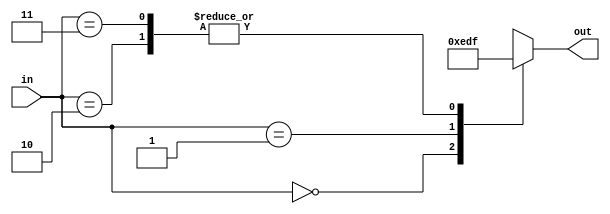
`timescale 1ns / 1ps
//////////////////////////////////////////////////////////////////////////////////
// Company: 
// Engineer: 
// 
// Design Name: 
// Module Name: encoder2_4
// Project Name: 
// Target Devices: 
// Tool Versions: 
// Description: 
// 
// Dependencies: 
// 
// Revision:
// Revision 0.01 - File Created
// Additional Comments:
// 
//////////////////////////////////////////////////////////////////////////////////


module encoder2_4(
    input [1:0] in,
    output reg [3:0] out
    );
    always@* begin
    case(in)
        2'b00:  out = 4'b1110;
        2'b01:  out = 4'b1101;
        2'b10:  out = 4'b1111;
        2'b11:  out = 4'b1111;
        default : out = 4'b0000;
    endcase
    end
endmodule